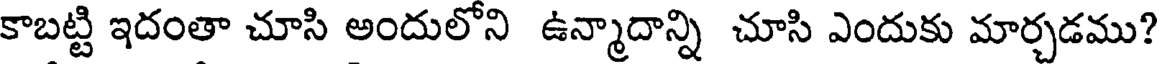
కాబట్టి ఇదంతా చూసి అందులోని ఉన్మాదాన్ని చూసి ఎందుకు మార్చడము?